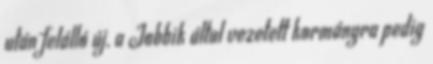
után felálló új, a Jobbik által vezetett kormányra pedig